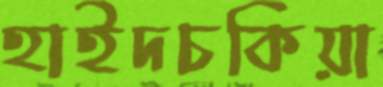
হাইদচকিয়া